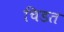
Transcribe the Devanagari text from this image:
चिडत